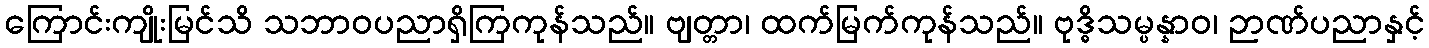
ကြောင်းကျိုးမြင်သိ သဘာဝပညာရှိကြကုန်သည်။ ဗျတ္တာ၊ ထက်မြက်ကုန်သည်။ ဗုဒ္ဓိသမ္ပန္နာဝ၊ ဉာဏ်ပညာနှင့်